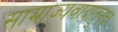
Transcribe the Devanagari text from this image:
साम्राज्यवादातूनच